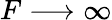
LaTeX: F\longrightarrow\infty